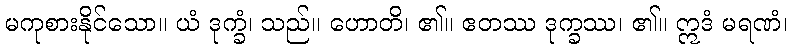
မကုစားနိုင်သော။ ယံ ဒုက္ခံ၊ သည်။ ဟောတိ၊ ၏။ ဧတဿ ဒုက္ခဿ၊ ၏။ ဣဒံ မရဏံ၊